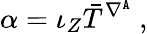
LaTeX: \alpha=\iota_{Z}\bar{T}^{\nabla^{\mathtt{A}}}\ ,